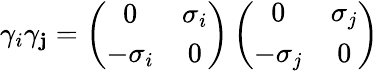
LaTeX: \gamma_{i}\gamma_{\mathbf{j}}=\left(\begin{array}{cc}{{0}}&{{\sigma_{i}}}\\ {{-\sigma_{i}}}&{{0}}\end{array}\right)\left(\begin{array}{cc}{{0}}&{{\sigma_{j}}}\\ {{-\sigma_{j}}}&{{0}}\end{array}\right)